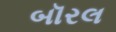
બૉરલ